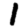
Digit: 1